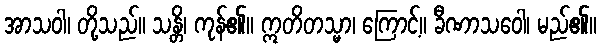
အာသဝါ၊ တို့သည်။ သန္တိ၊ ကုန်၏။ ဣတိတသ္မာ၊ ကြောင့်။ ခီဏာသဝေါ၊ မည်၏။